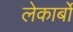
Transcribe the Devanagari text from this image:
लेकार्बों